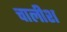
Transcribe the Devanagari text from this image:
चालीश